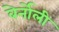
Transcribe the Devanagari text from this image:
बेर्नोली